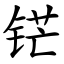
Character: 铓